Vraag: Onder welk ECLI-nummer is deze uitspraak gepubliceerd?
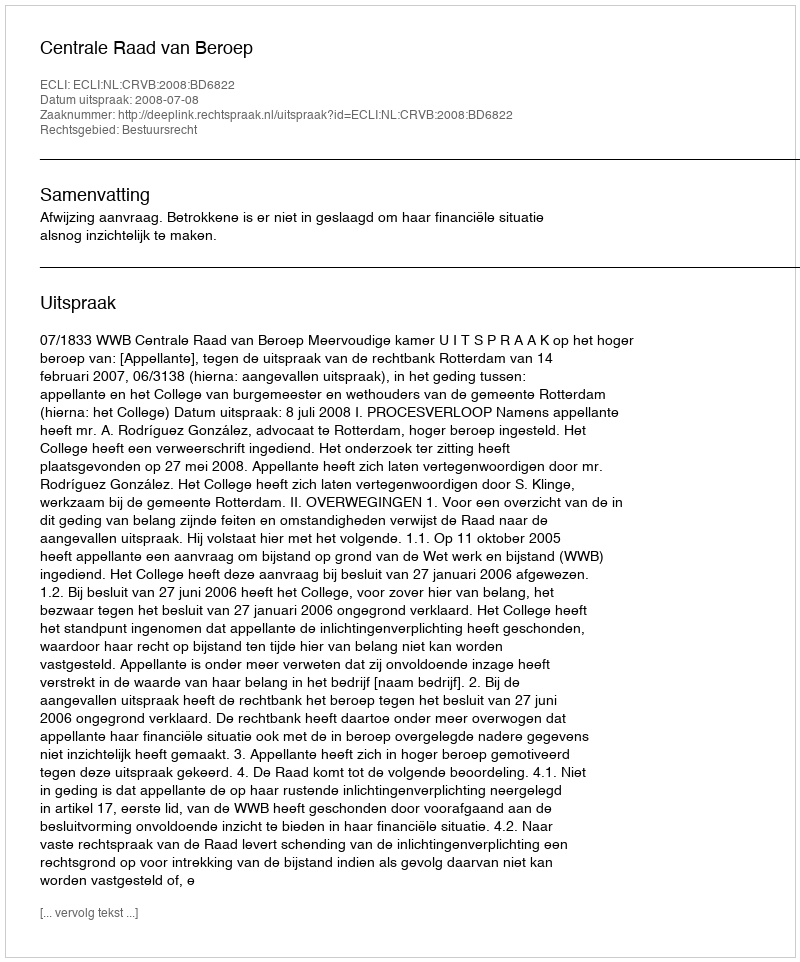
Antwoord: ECLI:NL:CRVB:2008:BD6822